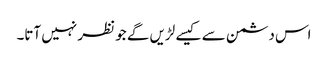
اس دشمن سے کیسے لڑیں گے جو نظر نہیں آتا۔